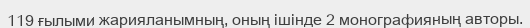
119 ғылыми жарияланымның, оның ішінде 2 монографияның авторы.